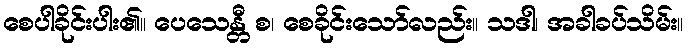
စေပါခိုင်းပါး၏။ ပေသေန္တီ စ၊ စေခိုင်းသော်လည်း။ သဒါ၊ အခါခပ်သိမ်း။